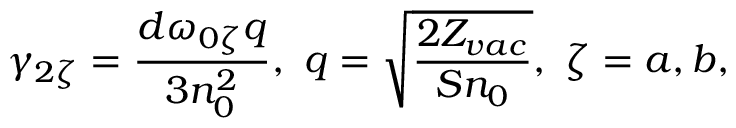
{ \gamma _ { 2 \zeta } } = \frac { d \omega _ { 0 \zeta } q } { 3 n _ { 0 } ^ { 2 } } , ~ q = \sqrt { \frac { 2 { \cal Z } _ { v a c } } { S n _ { 0 } } } , ~ \zeta = a , b ,